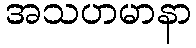
အသဟမာနာ